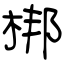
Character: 梆